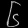
Digit: ၆